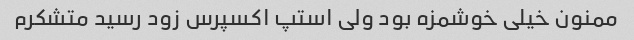
ممنون خیلی خوشمزه بود ولی استپ اکسپرس زود رسید متشکرم